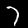
Label: 7